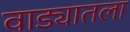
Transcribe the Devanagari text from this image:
वाड्यातला